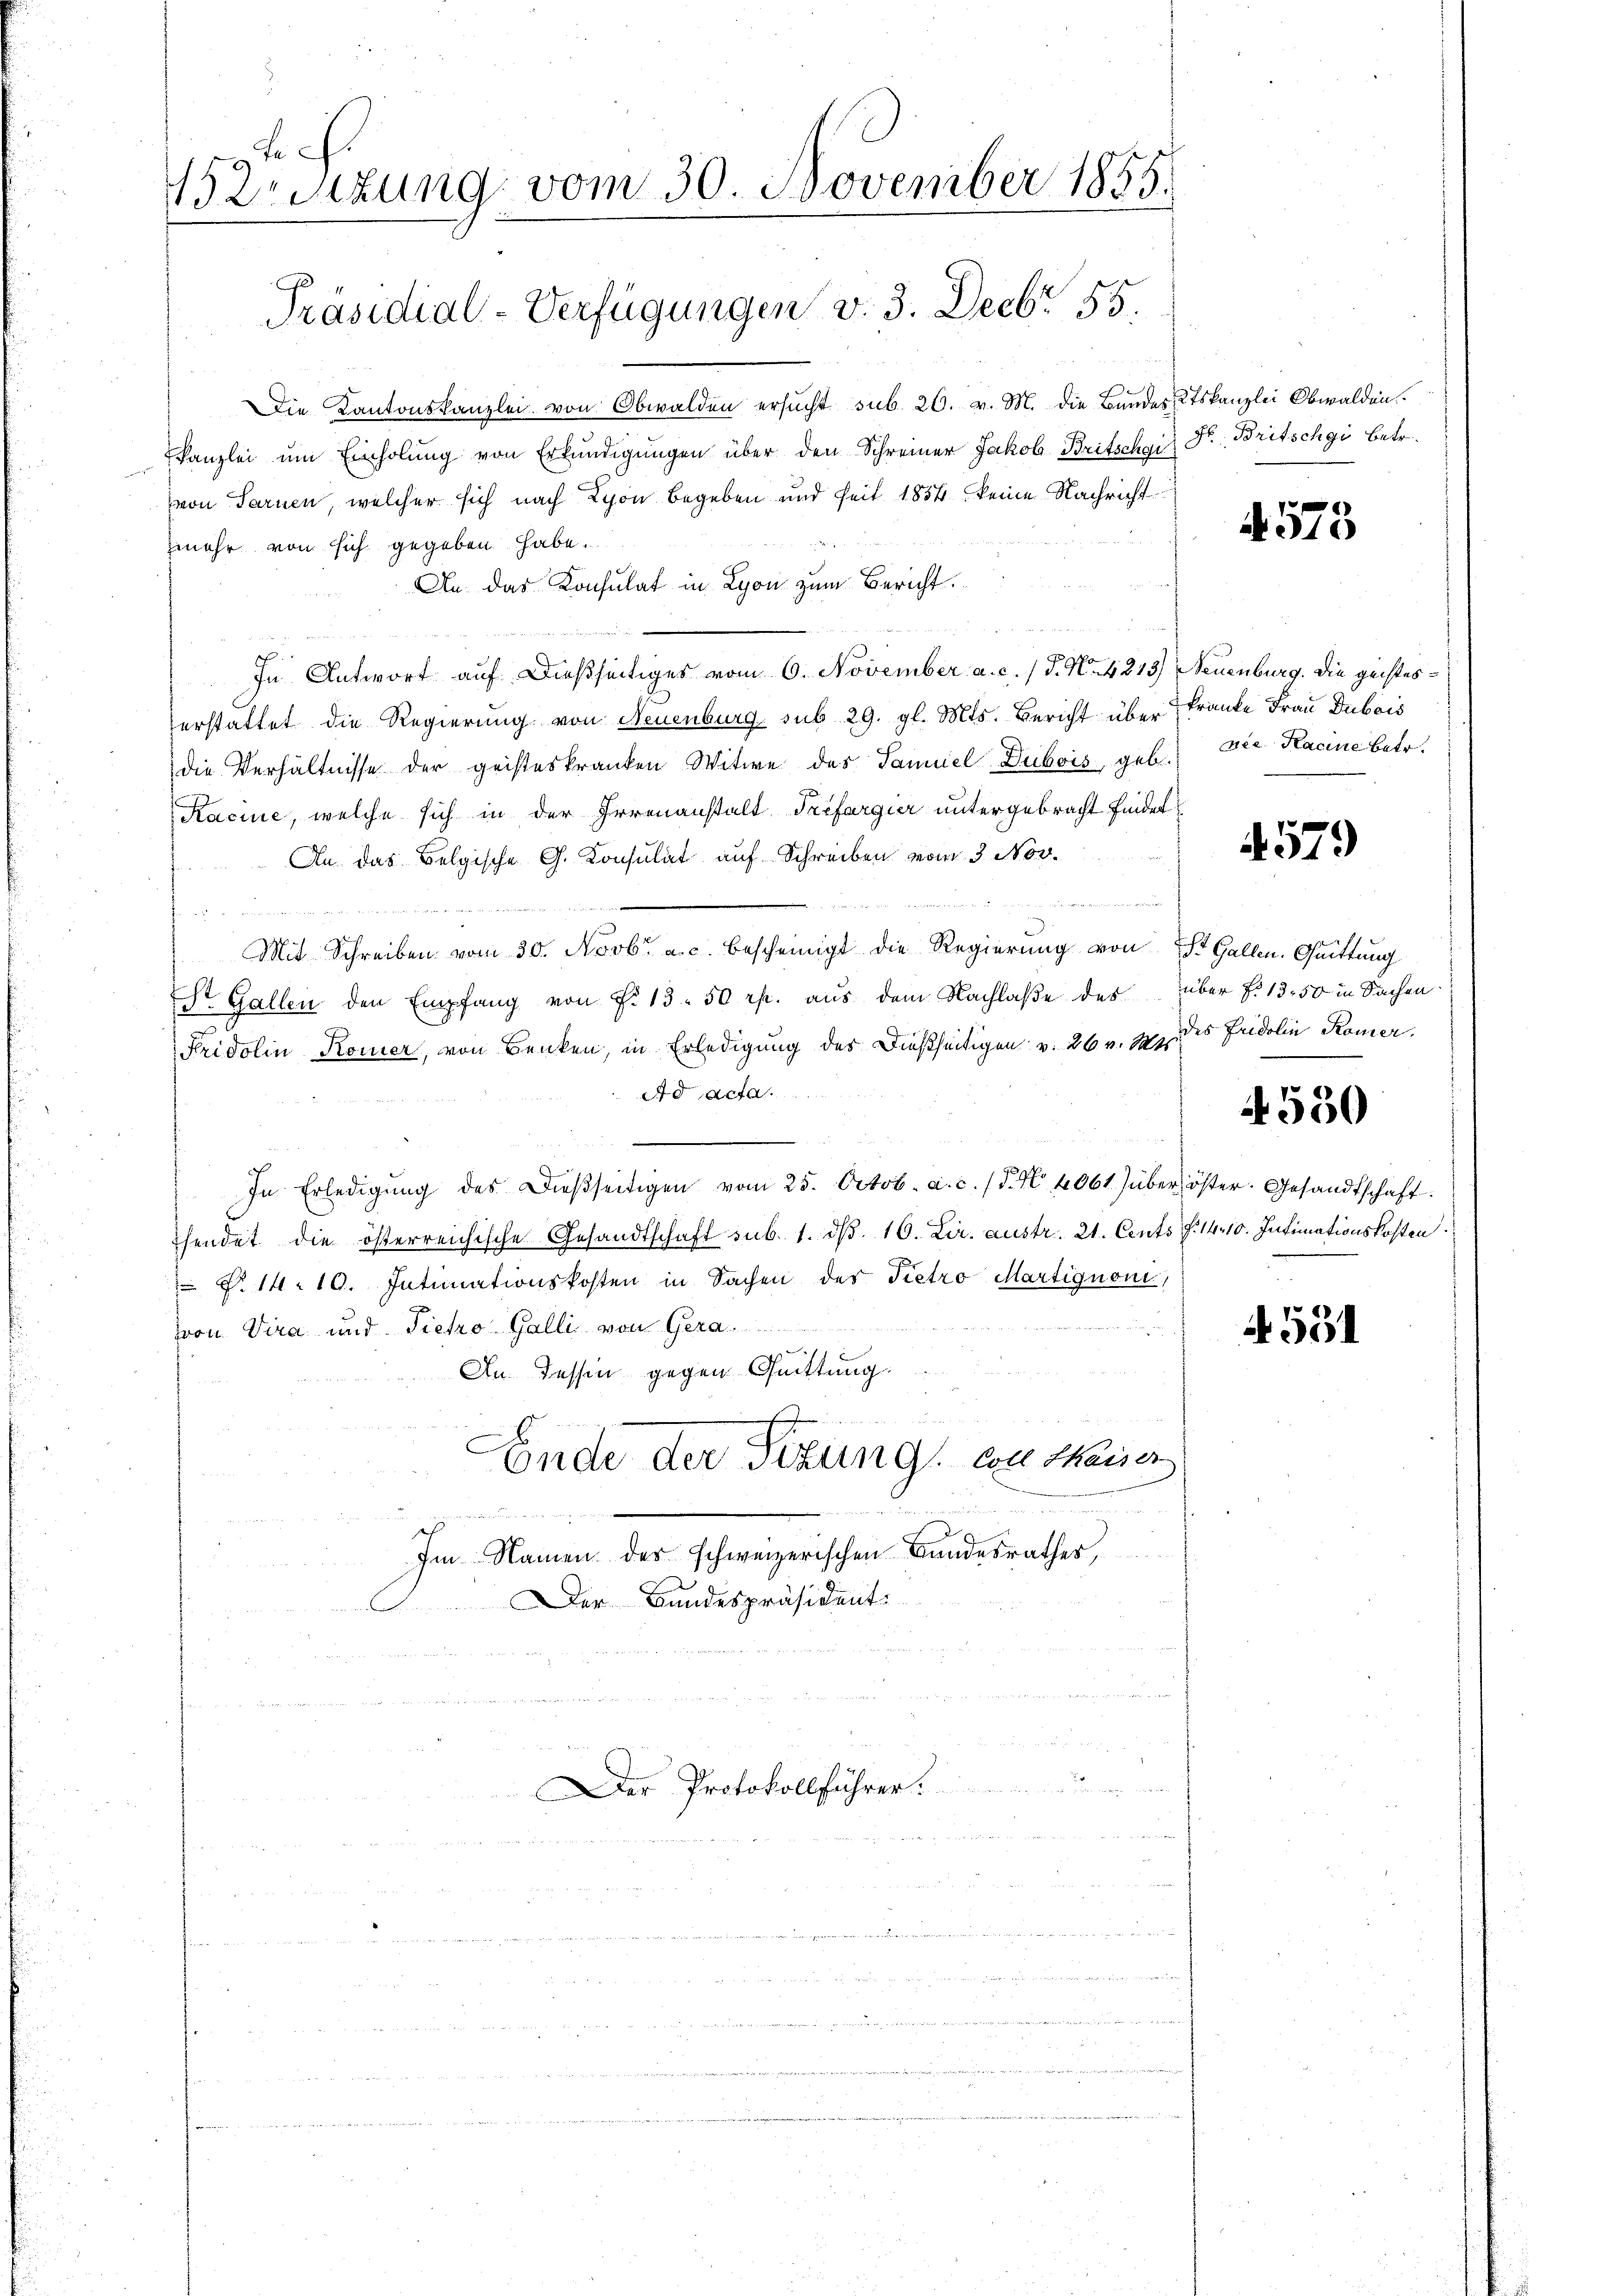
sch
Writzung vom 30. November 1855.

Präsidial-Verfügungen v. 3. Decbr 55.

Die Kantonskanzlei von Obwalden ersucht sub. 26. v. M. die Bundes Ktskanzlei Obwalden
kanzlei ŭm Einholŭng von Erkundigungen über den Schreiner Jakob Britschgi
(von Tarnen, welcher sich nach Lyon begeben und seit 1854 keine Nachricht
mehr von sich gegeben habe.
An das Konsulat in Lyon zum Bericht.
an
In Antwort auf dießseitiges vom 6. November a. c. / P. Nr. 4213/
erstattet die Regierung von Neuenburg sub 29. gl. Mts. Bericht über Franke Frau Dubais
die Verhältnisse der geisteskranken Witwe des Samuel Dubois, geb. Die Kacine betet
Kacine, welche sich in der Irrenanstalt Trefargier untergebracht findet
An. das Belgische G. Konsulat auf Schreiben vom 3. Nov.
n
a
Mit Schreiben vom 30. Novbr. a. c. bescheinigt die Regierung von St. Gallen. Quittung
 Gallen den Empfang von F. 13. 50 rp. aŭs dem Nachlaβe des
Fridolin Komer, von Benken, in Erledigung des Dießseitigen v. 26 v. Mts
Ad acta.
In Erledigŭng des Dieβseitigen vom 25. Octob. a. c. (T. N. 4061) über öster. Gesandtschaft
hendet die österreichische Gesandtschaft sub. 1. dβ. 16. Lir. austr. 21. Cents S. 1410. Intimationskosten
 No 14. 10. Intimationskosten in Sachen des Pietro Martignon,
von Vira und Tieho Galli von Gera
An Tessin gegen Quittung
Ende der Sitzung an thaiser

Im Namen der schweizerischen Bundesrathes,
Der Bandespräsident.

Der Protokollführer.

Fr. Britschgi betr.

573

Neuenburg. Die geistes¬

579)

über f. 13. 50 in Sachen
des Fridolin Römer.

4550

A 551